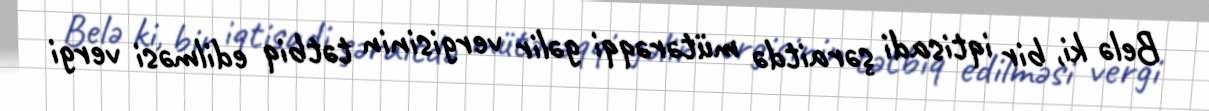
Belə ki, bir iqtisadi şəraitdə mütərəqqi gəlir vergisinin tətbiq edilməsi vergi